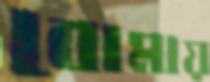
বোমায়